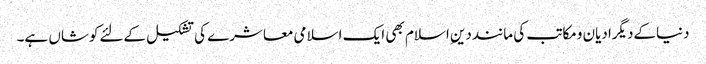
دنیاکےدیگرادیان ومکاتب کی ماننددینِ اسلام بھی ایک اسلامی معاشرے کی تشکیل کےلئےکوشاں ہے۔